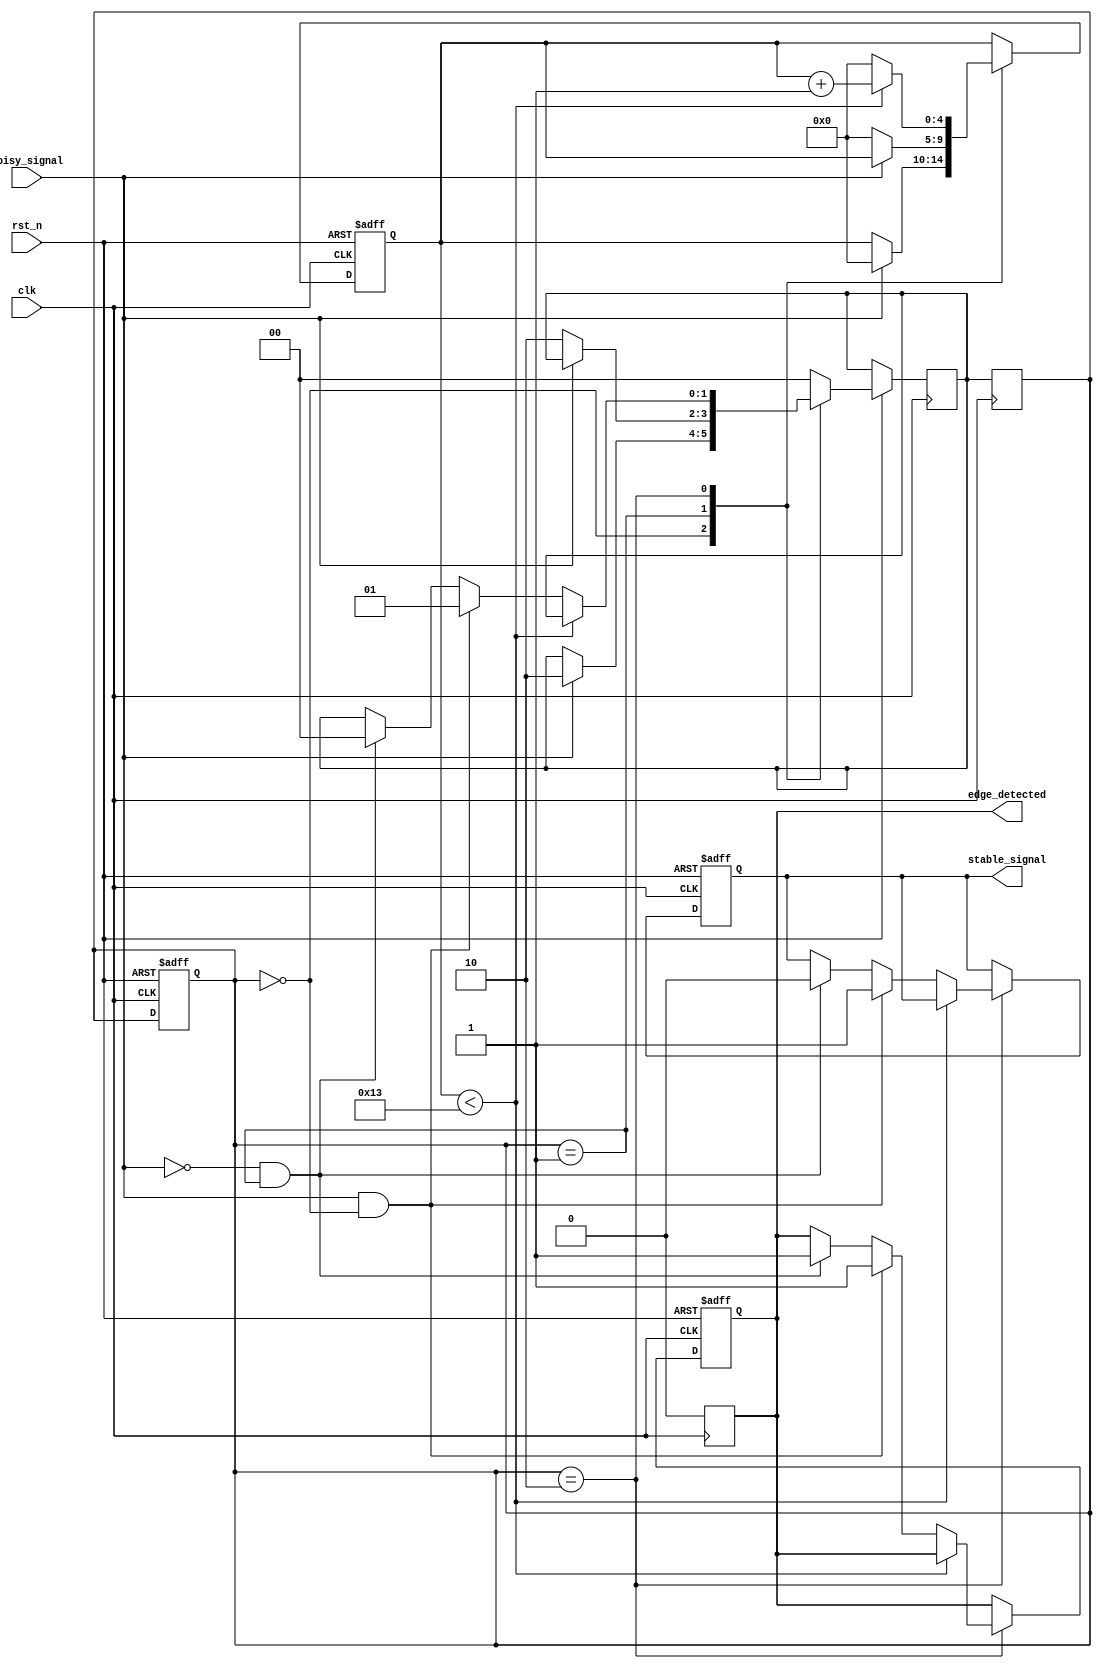
module debounced_edge_detector (
    input wire clk,              // Clock signal
    input wire rst_n,            // Active-low reset
    input wire noisy_signal,      // Noisy input signal
    output reg edge_detected,     // Edge detected output
    output reg stable_signal       // Debounced stable output signal
);

    // Parameters for debounce timing
    parameter DEBOUNCE_TIME = 20; // Number of clock cycles for debouncing

    // State registers
    reg [1:0] current_state, next_state;
    reg [4:0] debounce_counter; // 5 bits for counting up to 31

    // State encoding
    localparam STABLE_LOW = 2'b00,
               STABLE_HIGH = 2'b01,
               TRANSITIONING = 2'b10;

    // Debounce logic
    always @(posedge clk or negedge rst_n) begin
        if (!rst_n) begin
            current_state <= STABLE_LOW; // Reset to stable low
            debounce_counter <= 0;
            edge_detected <= 0;
            stable_signal <= 0;
        end else begin
            case (current_state)
                STABLE_LOW: begin
                    if (noisy_signal) begin
                        // Transition from low to high
                        debounce_counter <= 0;
                        next_state <= TRANSITIONING;
                    end
                end
                
                STABLE_HIGH: begin
                    if (!noisy_signal) begin
                        // Transition from high to low
                        debounce_counter <= 0;
                        next_state <= TRANSITIONING;
                    end
                end
                
                TRANSITIONING: begin
                    // Count stable clock cycles
                    if (debounce_counter < DEBOUNCE_TIME - 1) begin
                        debounce_counter <= debounce_counter + 1;
                    end else begin
                        // Debounce complete
                        if (noisy_signal && current_state == STABLE_LOW) begin
                            next_state <= STABLE_HIGH;
                            stable_signal <= 1;
                            edge_detected <= 1; // Rising edge detected
                        end else if (!noisy_signal && current_state == STABLE_HIGH) begin
                            next_state <= STABLE_LOW;
                            stable_signal <= 0;
                            edge_detected <= 1; // Falling edge detected
                        end
                        debounce_counter <= 0; // Reset counter after debounce
                    end
                end
                
                default: next_state <= STABLE_LOW; // Default state
            endcase
        end
    end

    // Update current state and reset edge detection signal
    always @(posedge clk) begin
        current_state <= next_state;
        if (edge_detected) begin
            edge_detected <= 0; // Reset edge detected after processing
        end
    end

endmodule